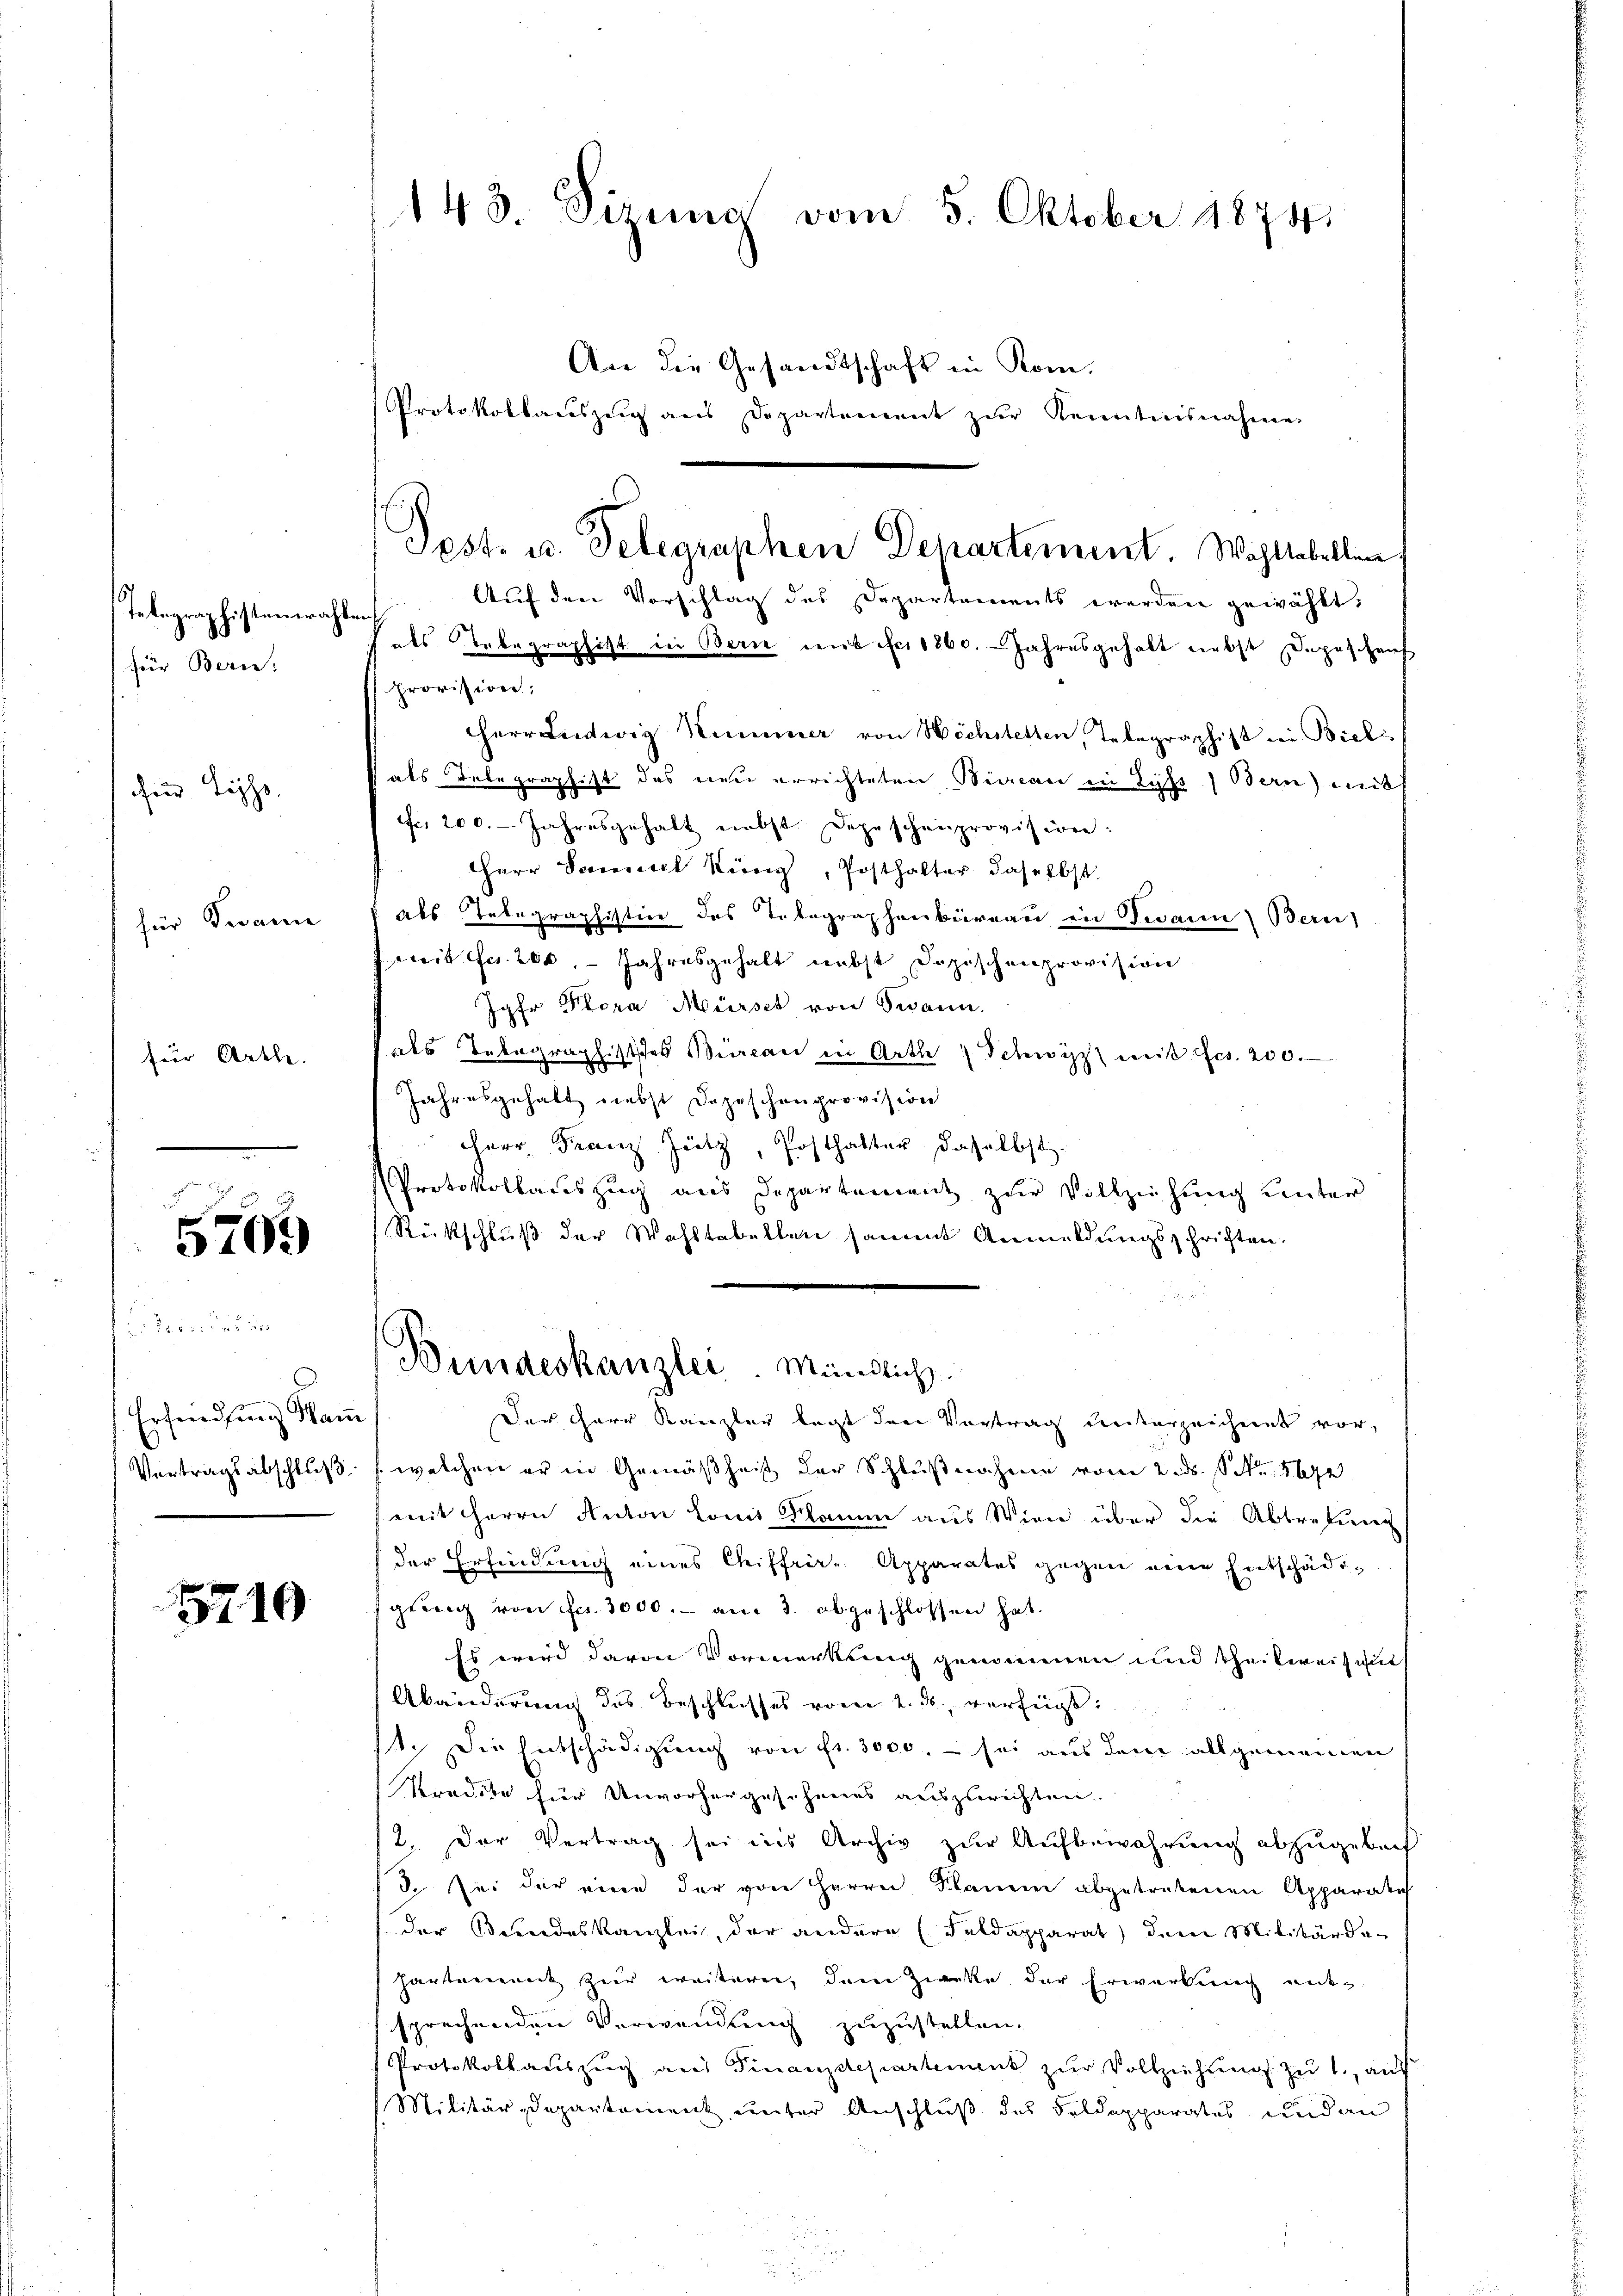
Telegraphistenwah
für Berne:
für Leh
für Decani
für Arthe

5700

Peter dadur
Erhandlung Kam

5710

143 Sizina vom 5. Oktober 1874.

An die Gesandtschaft in Kom-
Protokollaceszug aus Departement zur Kenntnisnahme
Auf den Vorschlag des Departements werden gewählt,
bant
als Tabegraphist in Bern mit fr. 1860. Jahresgehalt nebst Depeschens
Provision.
errandwig Kummer von Höchstellen, Telegraphist bei Biel
 als Telegraphist das neu errichteten Biccan in Lyß) Bern will
Fr. 200. Jahresgehalt nebst Depeschenprovision:
Herr Samuel Küng, Posthalter daselbst
als Telegraphistice des Totographenbüreau in Twann Bern
weit Fr. 200. - Jahresgehalt nebst Dozischenprovision
Jahr Flora Mürses von Twann.
1 als Telegraphisches Bicac in Arth Schwyz) weiß Ges. 200.
Jahresgehalt nebst Depeschenprovision
HHerr Franz Jütz, Posthalter, dasselbst.
Protokollauszug aus Departement zŭr Vollziehung unter
Rückschluß der Wahltabellen sammt Anmeldungsschriften.
Bundeskanzlei. Mündlich
Der Herr Kanzler legt den Vortrag unterzeichnet vor,
Vortragsabschlŭβ: welchen er in Gemäßheit der Schlŭβnahme vom 2. ds. S. 5672.
mit Herrn Anton Lonis Klamm aus Wien über die Abtretung
(der Erfindung eines Chiffrir- Apparates gegen eine Entschädigrang von Frs. 3000.- am 3. abgeschlossen hat.
Es wird davon Vormerkung genommen und theilweisu
Abänderung des Beschlusses vom 2. ds. verfügt:
st. Die Entschädigung von fr. 3000. - sei aus dem allgemeinen
Predite für Unvorhergesehenes auszurichten
12. Der Vertrag sei ins Archiv zur Aufbewahrung abzugebach
3. In der eine der von Herrn Plane abgetretenen Apparatih
der Bundeskanzlei, der andere (Feldapparat dem Militärde¬
Hartement zur weiterer, dem Zwecke der Erwartung ent-
sprechenden Verwendung zuzustellen.
Protokollauszug aus Finanzdepartement zŭr Vollziehung zu 1., auf
Militär-Departement unter Anschluß des Feldapparates und an

Pest. u. Telegraphen Departement. Wohltabellen,